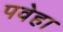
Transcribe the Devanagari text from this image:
पवेहा